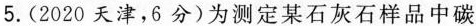
5.(2020天津，6分)为测定某石灰石样品中碳